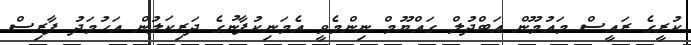
ކުރީގެ ރައީސް މައުމޫން އަބްދުލް ގައްޔޫމް ނިންމެވީ އެމަނިކުފާނުގެ ދަރިކަލުން އަހުމަދު ފާރިސް